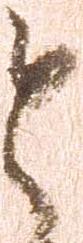
と